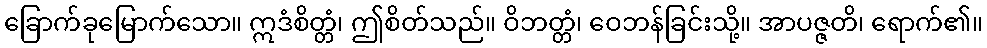
ခြောက်ခုမြောက်သော။ ဣဒံစိတ္တံ၊ ဤစိတ်သည်။ ဝိဘတ္တံ၊ ဝေဘန်ခြင်းသို့။ အာပဇ္ဇတိ၊ ရောက်၏။